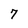
Character: 7